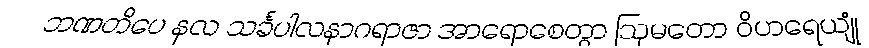
ဘဏတိပေ နလ သင်္ခပါလနာဂရာဇာ အာရောစေတွာ ဩမတော ဝိဟရေယျုံ